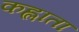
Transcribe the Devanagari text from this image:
कह्लाता